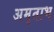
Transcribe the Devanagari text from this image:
अमृताभ